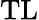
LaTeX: \mathrm{TL}